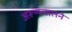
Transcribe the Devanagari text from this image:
अरूणलालने